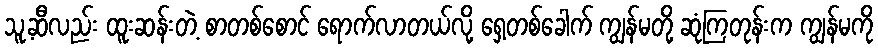
သူ့ဆီလည်း ထူးဆန်းတဲ့ စာတစ်စောင် ရောက်လာတယ်လို့ ရှေ့တစ်ခေါက် ကျွန်မတို့ ဆုံကြတုန်းက ကျွန်မကို